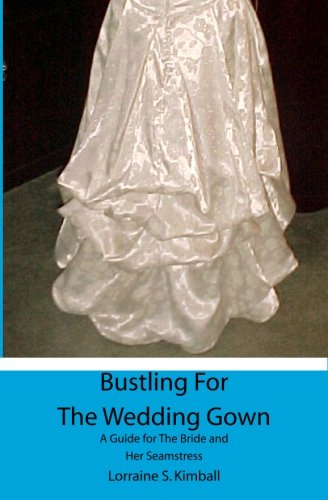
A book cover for Bustling For The Wedding Gown: A Guide for The Bride and Her Seamstress; Lorraine S. Kimball; Crafts, Hobbies & Home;